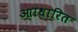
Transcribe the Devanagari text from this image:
आाधारित